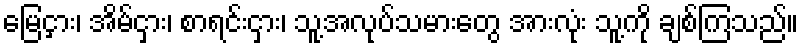
မြေငှား၊ အိမ်ငှား၊ စာရင်းငှား၊ သူ့အလုပ်သမားတွေ အားလုံး သူ့ကို ချစ်ကြသည်။